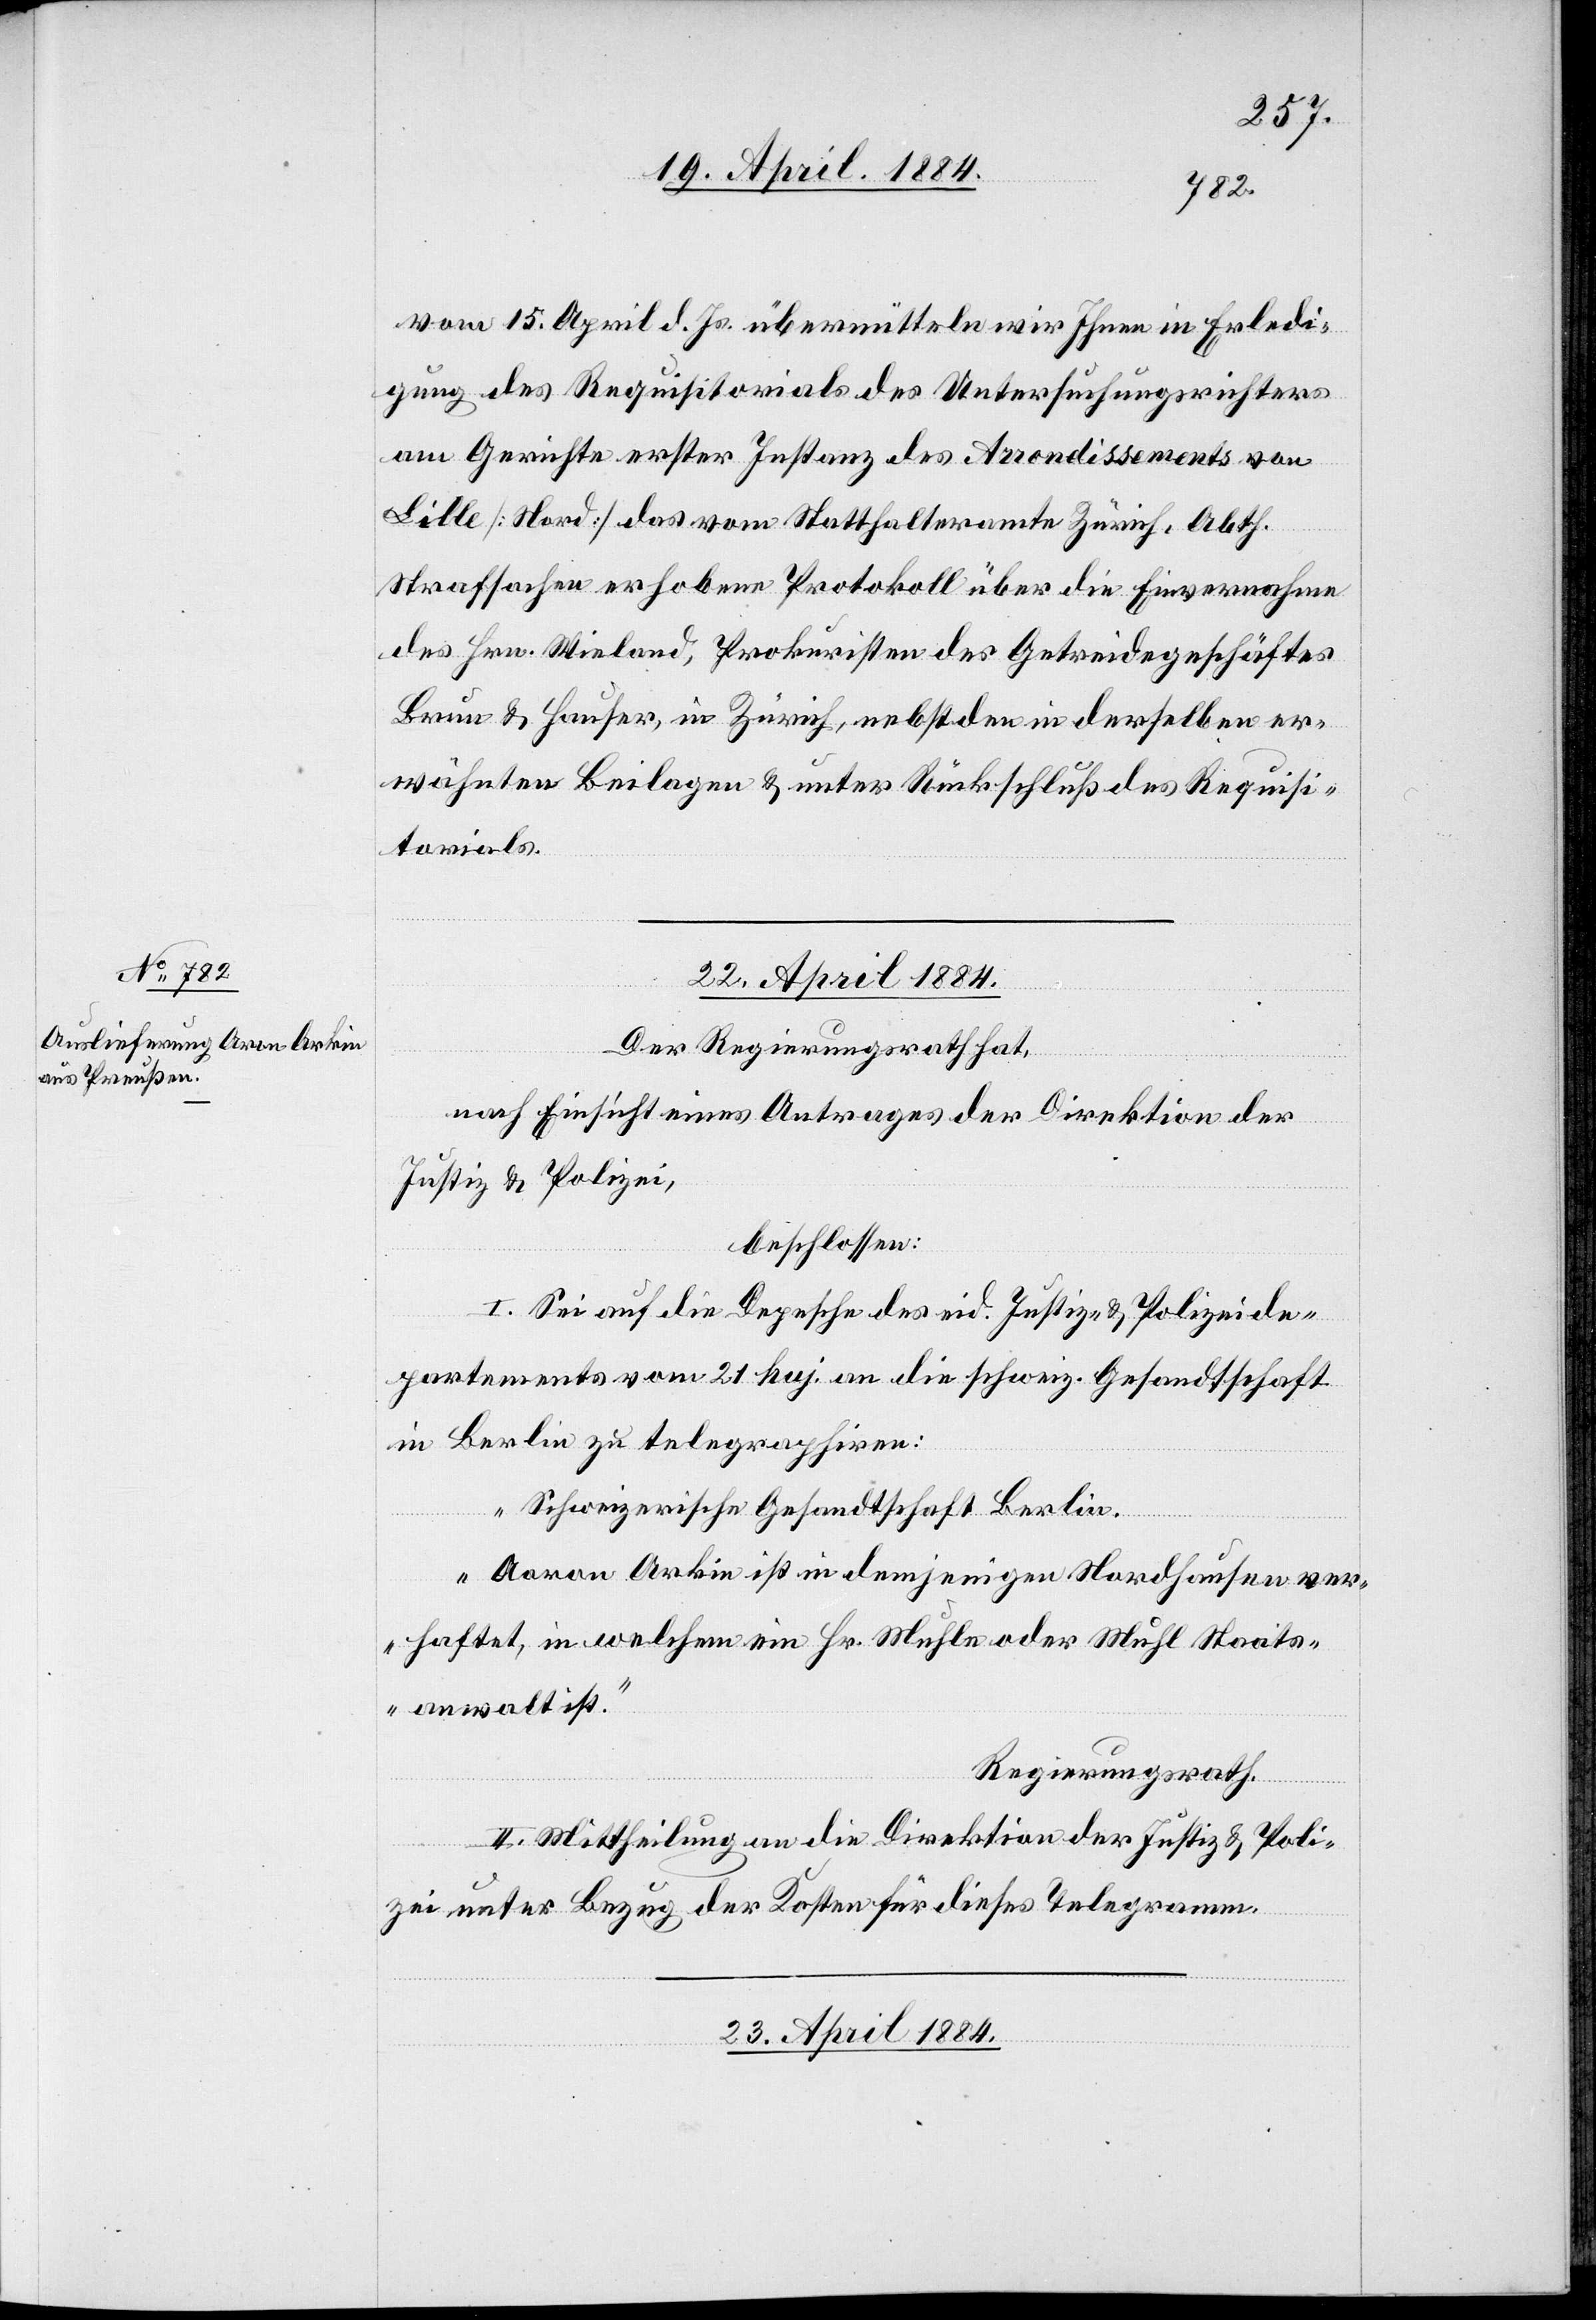
vom 15. April d. Js. übermitteln wir Ihnen in Erledi¬
gung des Requisitorials des Untersuchungsrichters
am Gerichte erster Instanz des Arrondissements von
Lille [Nord] das vom Statthalteramte Zürich, Abth.
Strafsachen erhobene Protokoll über die Einvernahme
des Hrn. Wieland, Prokuristen des Getreidegeschäftes
Brum & Hauser, in Zürich, nebst den in derselben er¬
wähnten Beilagen & unter Rückschluß des Requisi¬
torials.“
erfügungen.]
Der Regierungsrath hat,
nach Einsicht eines Antrages der Direktion der
Justiz- & Polizei,
beschlossen:
I. Sei auf die Depesche des eid. Justiz- & Polizeide¬
partements vom 21. huj. an die schweiz. Gesandtschaft
in Berlin zu telegraphiren:
„Schweizerische Gesandtschaft Berlin.
Aaron Arkin ist in demjenigen Nordhausen ver¬
haftet, in welchem ein Hr. Muhle oder Muhl Staats¬
anwalt ist.“
Regierungsrath.
II. Mittheilung an die Direktion der Justiz- & Poli¬
zei unter Bezug der Kosten für dieses Telegramm.
23. April 1884.